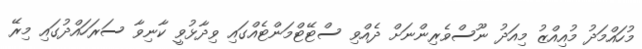
މުހައްމަދު މުއިއްޒު މިއަދު ނޫސްވެރިންނަށް ދެއްވި ސްޓޭޓްމަންޓެއްގައި ވިދާޅުވީ ކާނިވާ ސަރަހައްދުގައި މިރޭ